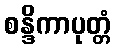
စန္ဒိကာပုတ္တံ